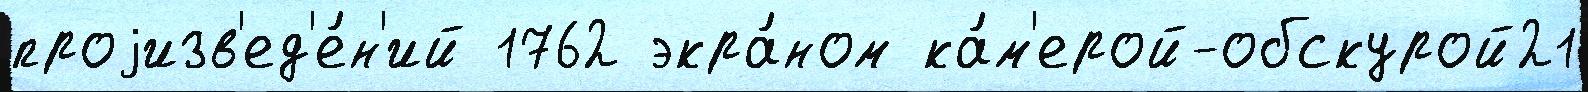
проjизв'ед'е́н'ий 1762 экра́ном ка́м'ерой-обскурой21